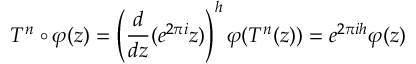
T ^ { n } \circ \varphi ( z ) = \left( \frac { d } { d z } ( e ^ { 2 \pi i } z ) \right) ^ { h } \varphi ( T ^ { n } ( z ) ) = e ^ { 2 \pi i h } \varphi ( z )